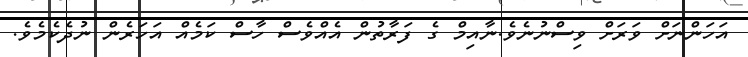
އަހަންނަށް ވަރަށް ވިސްނުނެވެ.ނާއިމް ގެ ފަރާތުން އެއްވެސް ހާސް ކަމެއް އަހަރެން ނުދެކެމެވެ.